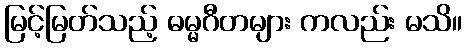
မြင့်မြတ်သည့် ဓမ္မဂီတများ ကလည်း မသိ။